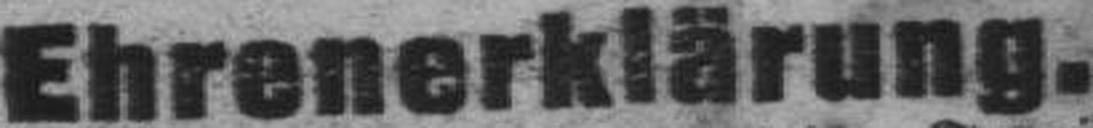
Ehrenerklärung.